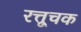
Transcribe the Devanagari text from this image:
रत्तूचक